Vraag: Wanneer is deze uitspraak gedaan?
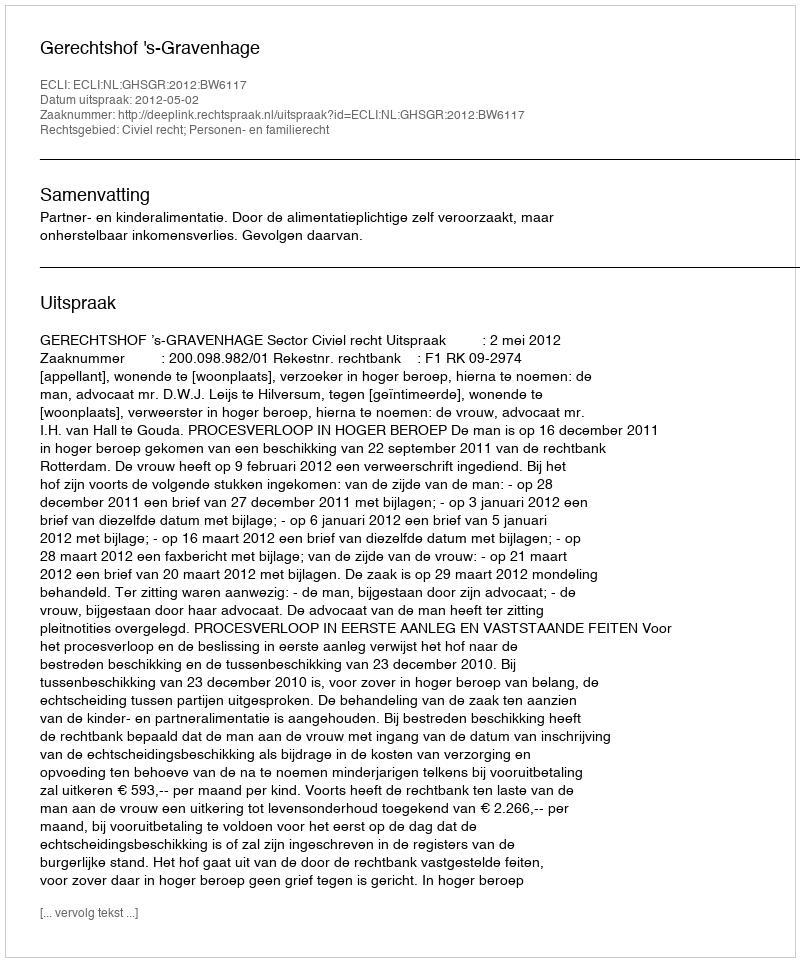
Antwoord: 2012-05-02